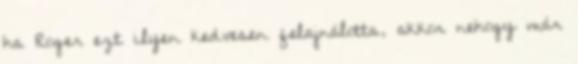
ha Roger ezt ilyen kedvesen felajnálotta, akkor nehogy már